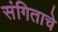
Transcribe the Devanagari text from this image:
संगिताचे